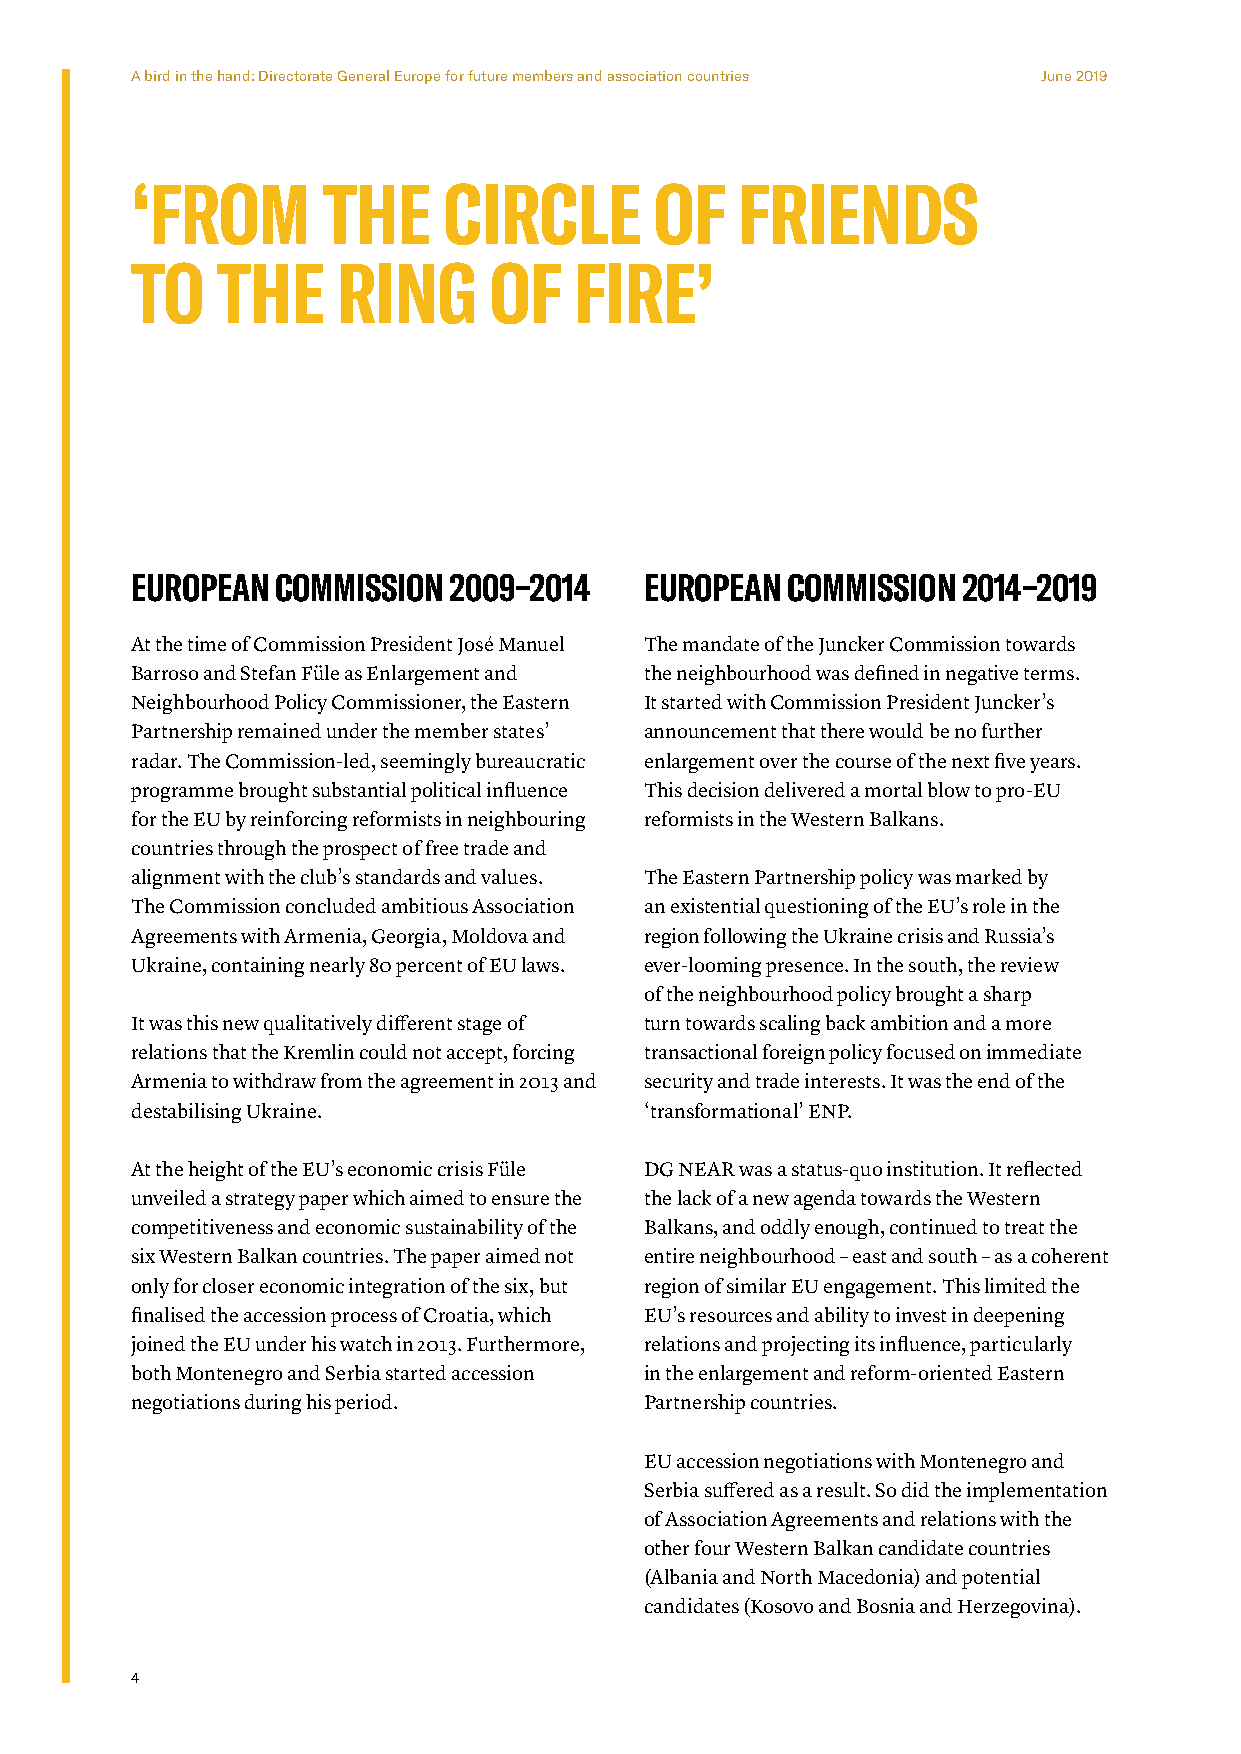
A bird in the hand: Directorate General Europe for future members and association countries June 2019
 ‘FROM       THE     CIRCLE        OF    FRIENDS
 TO   THE     RING      OF    FIRE’
 EUROPEAN COMMISSION  2009–2014    EUROPEAN COMMISSION  2014–2019
 At the time of Commission President José Manuel The mandate of the Juncker Commission towards
 Barroso and Stefan Füle as Enlargement and the neighbourhood was defined in negative terms.
 Neighbourhood Policy Commissioner, the Eastern It started with Commission President Juncker’s
 Partnership remained under the member states’ announcement that there would be no further
 radar. The Commission-led, seemingly bureaucratic enlargement over the course of the next five years.
 programme brought substantial political influence This decision delivered a mortal blow to pro-EU
 for the EU by reinforcing reformists in neighbouring reformists in the Western Balkans.
 countries through the prospect of free trade and
 alignment with the club’s standards and values. The Eastern Partnership policy was marked by
 The Commission concluded ambitious Association an existential questioning of the EU’s role in the
 Agreements with Armenia, Georgia, Moldova and region following the Ukraine crisis and Russia’s
 Ukraine, containing nearly 80 percent of EU laws. ever-looming presence. In the south, the review
 of the neighbourhood policy brought a sharp
 It was this new qualitatively different stage of turn towards scaling back ambition and a more
 relations that the Kremlin could not accept, forcing transactional foreign policy focused on immediate
 Armenia to withdraw from the agreement in 2013 and security and trade interests. It was the end of the
 destabilising Ukraine.            ‘transformational’ ENP.
 At the height of the EU’s economic crisis Füle DG NEAR was a status-quo institution. It reflected
 unveiled a strategy paper which aimed to ensure the the lack of a new agenda towards the Western
 competitiveness and economic sustainability of the Balkans, and oddly enough, continued to treat the
 six Western Balkan countries. The paper aimed not entire neighbourhood – east and south – as a coherent
 only for closer economic integration of the six, but region of similar EU engagement. This limited the
 finalised the accession process of Croatia, which EU’s resources and ability to invest in deepening
 joined the EU under his watch in 2013. Furthermore, relations and projecting its influence, particularly
 both Montenegro and Serbia started accession in the enlargement and reform-oriented Eastern
 negotiations during his period.   Partnership countries.
 EU accession negotiations with Montenegro and
 Serbia suffered as a result. So did the implementation
 of Association Agreements and relations with the
 other four Western Balkan candidate countries
 (Albania and North Macedonia) and potential
 candidates (Kosovo and Bosnia and Herzegovina).
 4